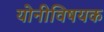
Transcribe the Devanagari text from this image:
योनीविषयक